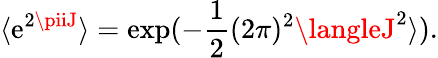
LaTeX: \langle\mathrm{e}^{2\piiJ}\rangle=\exp(-\frac{{1}}{{2}}(2\pi)^{2}\langleJ^{2}\rangle).